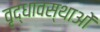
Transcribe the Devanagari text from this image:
वृद्धावस्थाओं